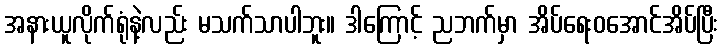
အနားယူလိုက်ရုံနဲ့လည်း မသက်သာပါဘူး။ ဒါကြောင့် ညဘက်မှာ အိပ်ရေးဝအောင်အိပ်ပြီး